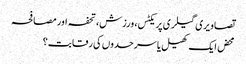
تصاویری گیلری پریکٹس، ورزش، تحفہ اور مصافحہ
محض ایک کھیل یا سرحدوں کی رقابت؟